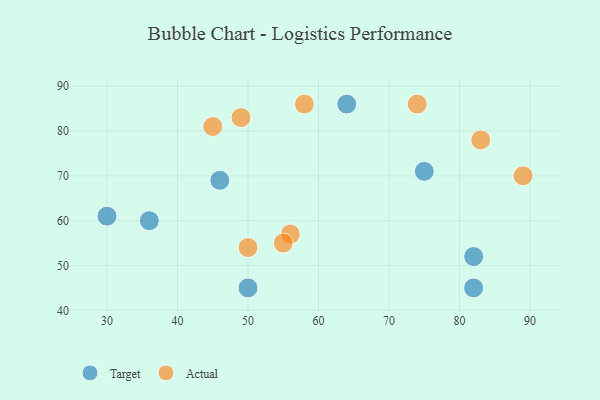
{"axis": {"x": "GDP", "y": "Life Expectancy"}, "legend": ["Actual", "Target"], "data": [{"x": "75", "y": 71, "type": "Target"}, {"x": "82", "y": 45, "type": "Target"}, {"x": "36", "y": 60, "type": "Target"}, {"x": "50", "y": 45, "type": "Target"}, {"x": "82", "y": 52, "type": "Target"}, {"x": "64", "y": 86, "type": "Target"}, {"x": "46", "y": 69, "type": "Target"}, {"x": "30", "y": 61, "type": "Target"}, {"x": "56", "y": 57, "type": "Actual"}, {"x": "89", "y": 70, "type": "Actual"}, {"x": "58", "y": 86, "type": "Actual"}, {"x": "50", "y": 54, "type": "Actual"}, {"x": "49", "y": 83, "type": "Actual"}, {"x": "74", "y": 86, "type": "Actual"}, {"x": "55", "y": 55, "type": "Actual"}, {"x": "45", "y": 81, "type": "Actual"}, {"x": "83", "y": 78, "type": "Actual"}]}